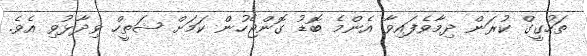
ތަހުގީގް ކުރަން ދިމާވެފައިވާ އެންމެ ބޮޑު ގޮންޖެހުން ކަމަށް ޝަތީހް ވިދާޅުވި އެވެ.